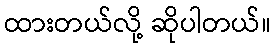
ထားတယ်လို့ ဆိုပါတယ်။